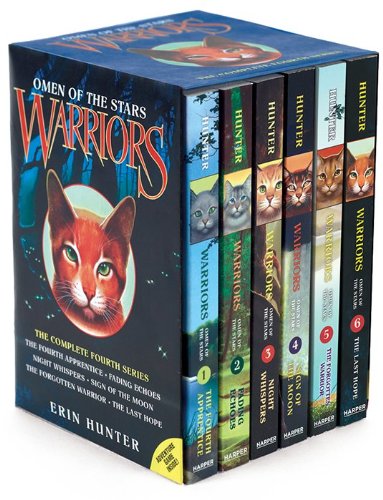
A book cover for Warriors: Omen of the Stars Box Set: Volumes 1 to 6; Erin Hunter; Children's Books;